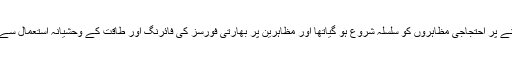
طفیل متو کی شہادت کے بعد مقبوضہ وادی کشمیرمیں بڑے پیمانے پر احتجاجی مظاہروں کو سلسلہ شروع ہو گیاتھا اور مظاہرین پر بھارتی فورسز کی فائرنگ اور طاقت کے وحشیانہ استعمال سے 120سے زائد کشمیری شہیداور سینکڑوں زخمی ہو گئے تھے ۔